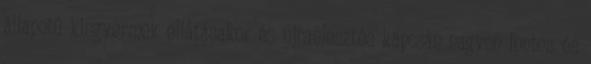
állapotú kisgyermek ellátásakor és újraélesztés kapcsán nagyon fontos és